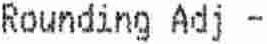
ROUNDING ADJ -